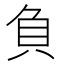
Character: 負